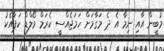
މުބީން އާއި ނިމާ އެ ދެ މަގާމަށް ހަމަޖެއްސީ ކެރަމް ވޯލްޑް ކަޕާއެކު